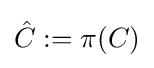
{\hat {C}}:=\pi (C)